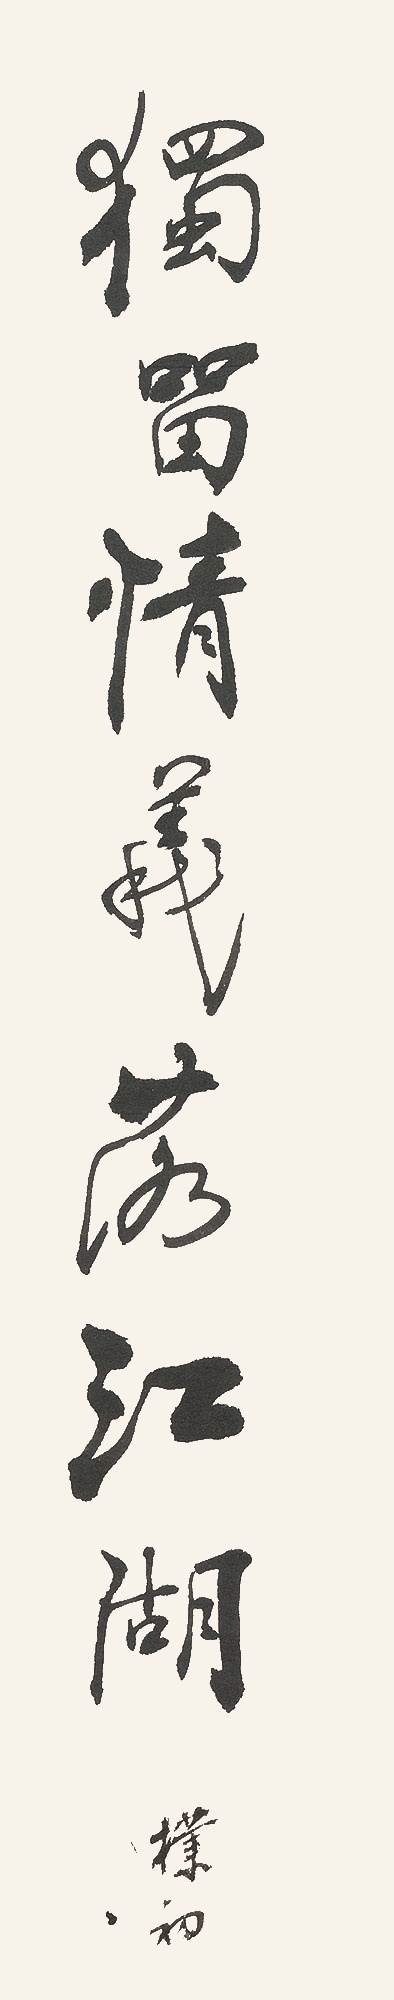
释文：独留情义落江湖朴初